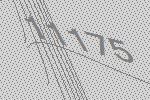
11175